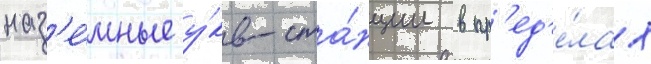
наз'е́мные у́кв-ста́нции в пр'ед'е́лах